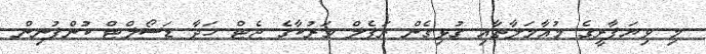
މި ވިޔަފާރީގެ މުއާމަލާތާއި ގުޅިގެން ރަފެލް މަރުކާގެ ޖެޓް ހަދާ ޑަސޯލްޓް ކުންފުނިން